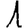
Digit: 1